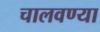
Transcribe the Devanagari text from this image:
चालवण्या